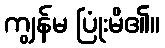
ကျွန်မ ပြုံးမိ၏။